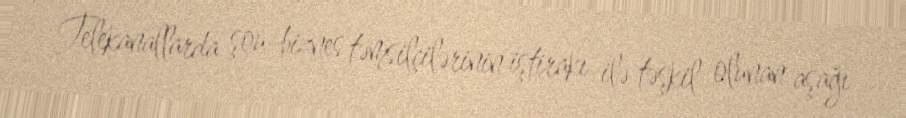
Telekanallarda şou-biznes təmsilçilərinin iştirakı ilə təşkil olunan aşağı